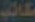
طالب